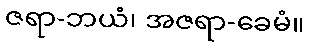
ဇရာ-ဘယံ၊ အဇရာ-ခေမံ။